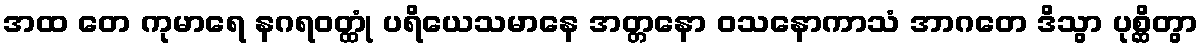
အထ တေ ကုမာရေ နဂရဝတ္ထုံ ပရိယေသမာနေ အတ္တနော ဝသနောကာသံ အာဂတေ ဒိသွာ ပုစ္ဆိတွာ